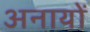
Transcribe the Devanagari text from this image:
अनायों